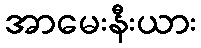
အာမေးနီးယား